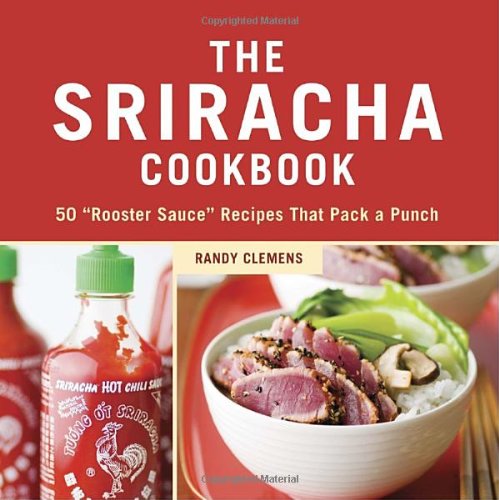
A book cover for The Sriracha Cookbook: 50 "Rooster Sauce" Recipes that Pack a Punch; Randy Clemens; Cookbooks, Food & Wine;